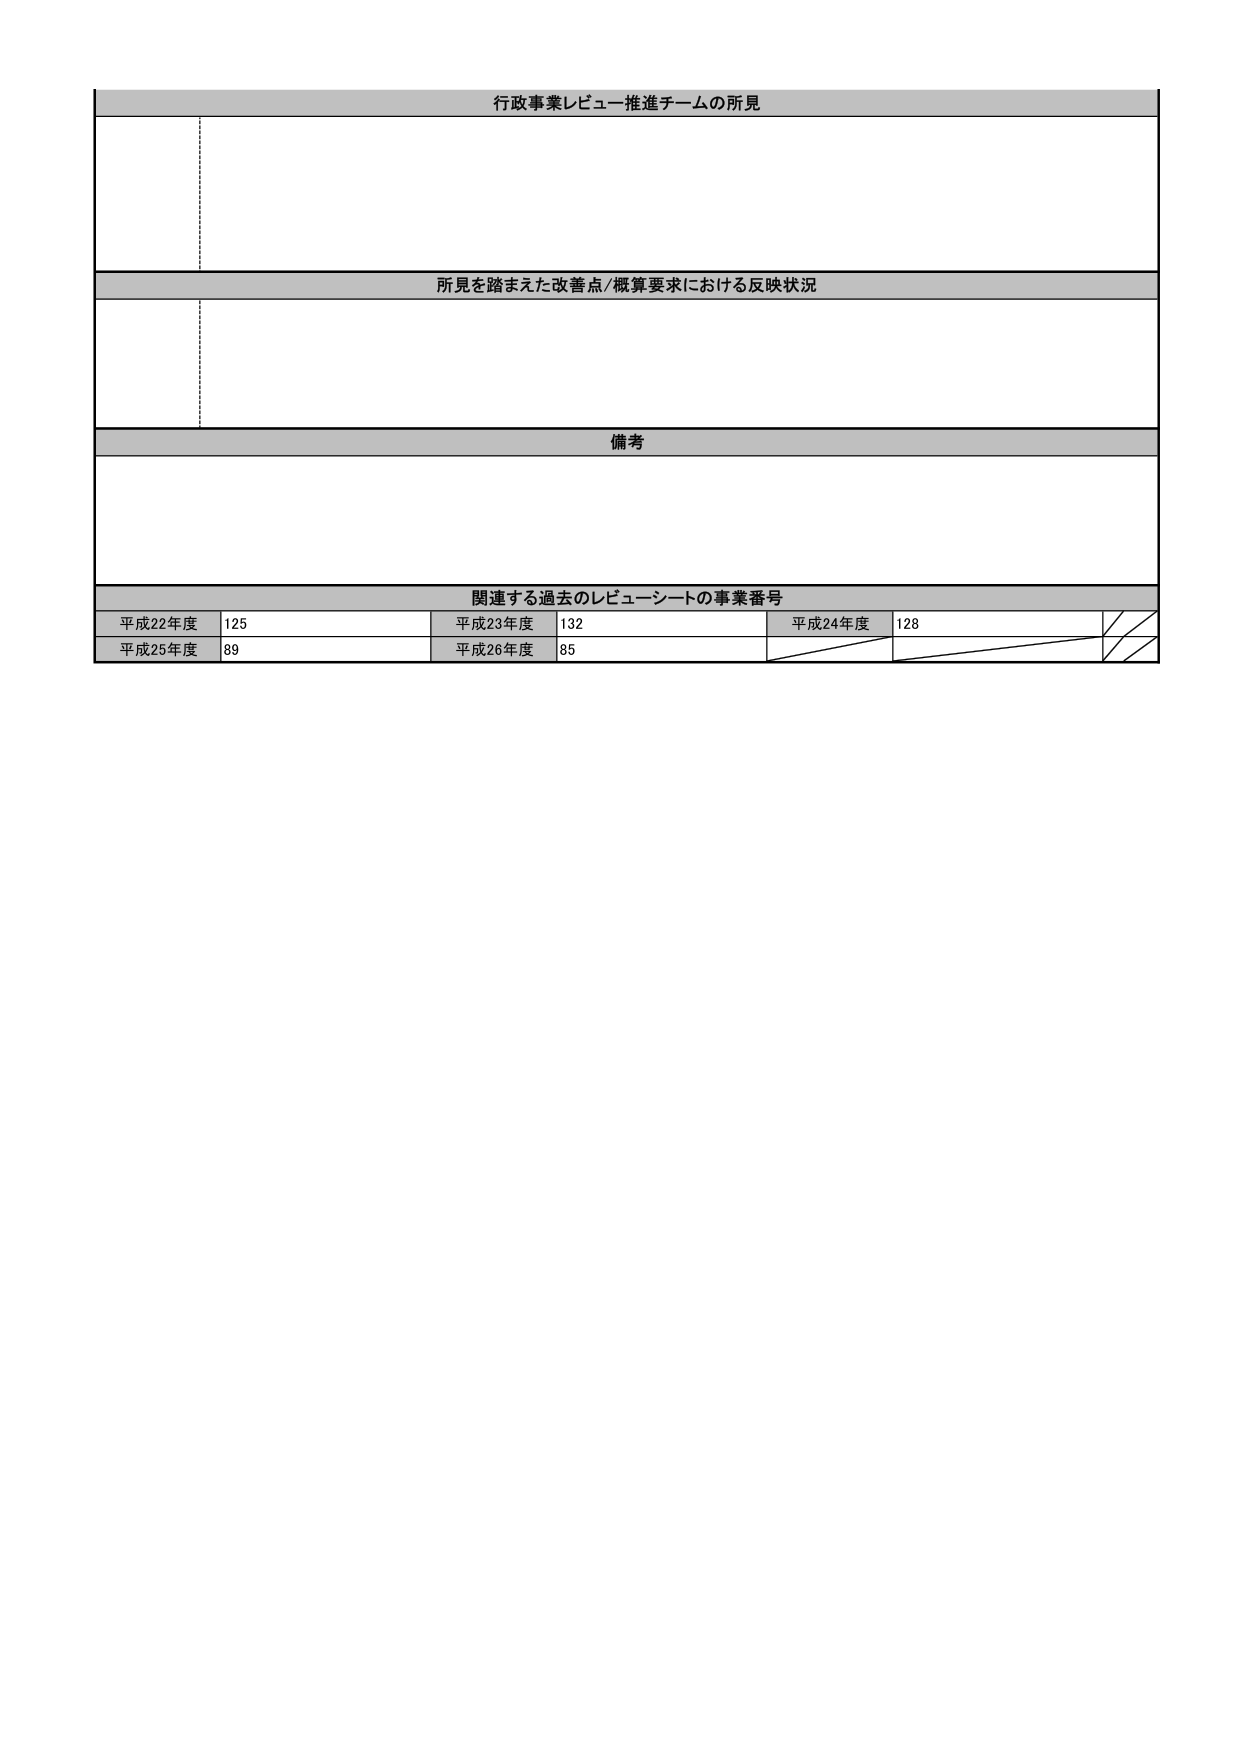
行政事業レビュー推進チームの所見

所見を踏まえた改善点/概算要求における反映状況

備考

関連する過去のレビューシートの事業番号
平成22年度 125
平成23年度 132
平成24年度 128
平成25年度 89
平成26年度 85